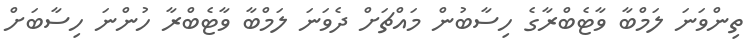
ތިންވަނަ ލަމްބާ ވާޓެބްރާގެ ހިސާބުން މައްޗަށް ދެވަނަ ލަމްބާ ވާޓެބްރާ ހުންނަ ހިސާބަށް